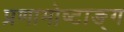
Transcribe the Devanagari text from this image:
प्रणामोष्टाङ्ग